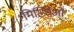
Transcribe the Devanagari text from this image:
मिल्शिओ